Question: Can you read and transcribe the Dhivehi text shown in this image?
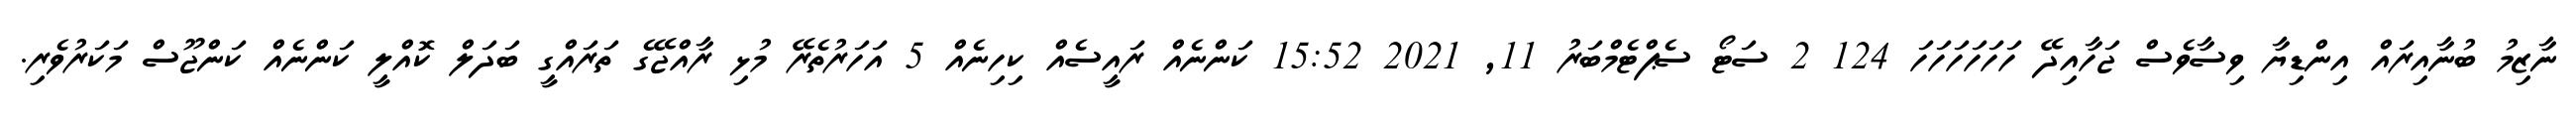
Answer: ނާޒިމު ބުނާއިރައް އިންޑިޔާ ވިސާވެސް ޖަހާއިދޭ ހަހަހަހަހަހަ 124 2 ސަޓޯ ސެޕްޓެމްބަރު 11, 2021 15:52 ކަންނެއް ރައީސެއް ކިހިނެއް 5 އަހަރުތެރޭ މުޅި ރާއްޖޭގެ ތަރައްގީ ބަދަލް ކޮއްލީ ކަންނެއް ކަންޖޫސް މަކަރުވެރި.